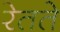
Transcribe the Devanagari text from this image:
रेतते